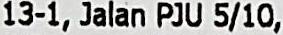
13-1, JALAN PJU 5/10,